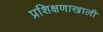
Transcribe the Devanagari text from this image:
प्रशिक्षणाखाली